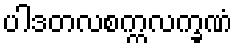
ပါဒတလစက္ကလက္ခဏံ